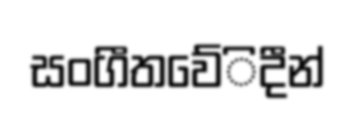
සංගීතවේිදීන්